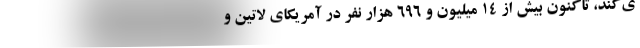
ی‌کند، تاکنون بیش از ۱۴ میلیون و ۶۹۶ هزار نفر در آمریکای لاتین و